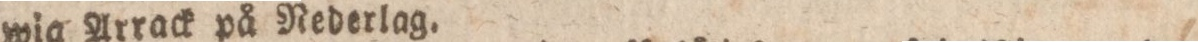
wia Arrack på Rederlag.